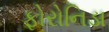
ફોરોનિડા